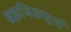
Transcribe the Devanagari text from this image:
ब्रह्मजिज्ञासुओं